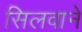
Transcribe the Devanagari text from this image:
सिलवाने